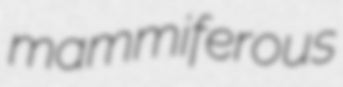
mammiferous